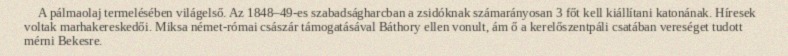
A pálmaolaj termelésében világelső. Az 1848–49-es szabadságharcban a zsidóknak számarányosan 3 főt kell kiállítani katonának. Híresek voltak marhakereskedői. Miksa német-római császár támogatásával Báthory ellen vonult, ám ő a kerelőszentpáli csatában vereséget tudott mérni Bekesre.